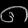
Digit: ၈